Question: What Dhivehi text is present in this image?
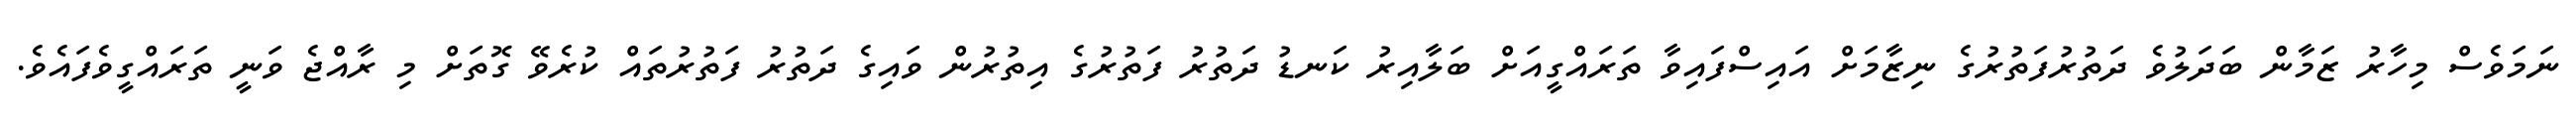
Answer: ނަމަވެސް މިހާރު ޒަމާން ބަދަލުވެ ދަތުރުފަތުރުގެ ނިޒާމަށް އައިސްފައިވާ ތަރައްގީއަށް ބަލާއިރު ކަނޑު ދަތުރު ފަތުރުގެ އިތުރުން ވައިގެ ދަތުރު ފަތުރުތައް ކުރެވޭ ގޮތަށް މި ރާއްޖެ ވަނީ ތަރައްގީވެފައެވެ.